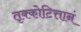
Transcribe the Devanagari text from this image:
तृक्कोटित्तानं